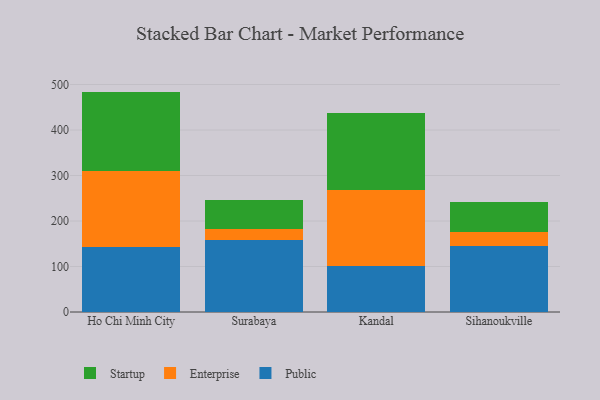
{"axis": {"x": "City", "y": "Revenue (USD Million)"}, "legend": ["Enterprise", "Public", "Startup"], "data": [{"x": "Ho Chi Minh City", "y": 143.9, "type": "Public"}, {"x": "Ho Chi Minh City", "y": 165.1, "type": "Enterprise"}, {"x": "Ho Chi Minh City", "y": 175.4, "type": "Startup"}, {"x": "Surabaya", "y": 158.9, "type": "Public"}, {"x": "Surabaya", "y": 24.2, "type": "Enterprise"}, {"x": "Surabaya", "y": 62.2, "type": "Startup"}, {"x": "Kandal", "y": 102.2, "type": "Public"}, {"x": "Kandal", "y": 165.5, "type": "Enterprise"}, {"x": "Kandal", "y": 169.0, "type": "Startup"}, {"x": "Sihanoukville", "y": 144.6, "type": "Public"}, {"x": "Sihanoukville", "y": 30.7, "type": "Enterprise"}, {"x": "Sihanoukville", "y": 66.3, "type": "Startup"}]}